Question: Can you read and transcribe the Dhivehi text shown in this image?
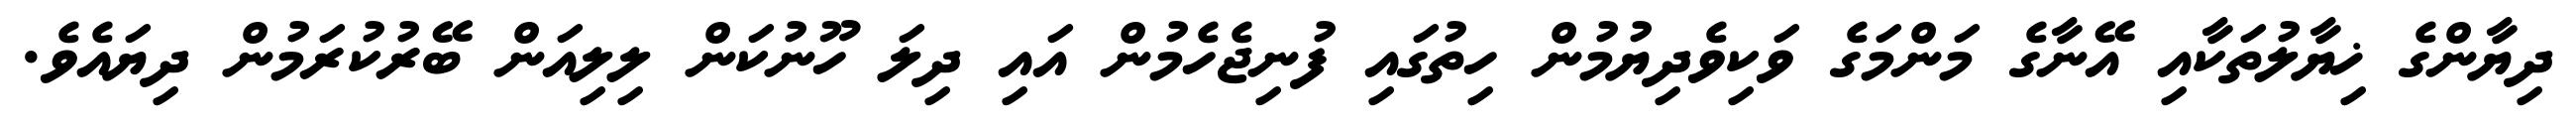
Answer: ދިޔާންގެ ޚިޔާލުތަކާއި އޭނާގެ މަންމަގެ ވަކިވެދިޔުމުން ހިތުގައި ފުނިޖެހެމުން އައި ދިލަ ހޫނުކަން ލިލިއަން ބޭރުކުރަމުން ދިޔައެވެ.